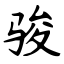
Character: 骏